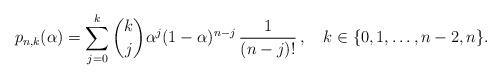
LaTeX: \begin{align*} p_{n,k}{(\alpha)}=\sum_{j=0}^k {k\choose j}\alpha^j(1-\alpha)^{n-j} \,\frac{1}{(n-j)!}\,,~~ ~k\in\{0,1,\ldots,n-2,n\}.\end{align*}